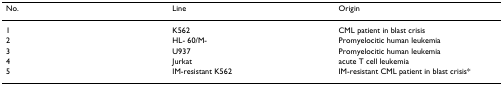
| No. | Line | Origin |
 | --- | --- | --- |
 | 1 | K562 | CML patient in blast crisis |
 | 2 | HL- 60/M- | Promyelocitic human leukemia |
 | 3 | U937 | Promyelocitic human leukemia |
 | 4 | Jurkat | acute T cell leukemia |
 | 5 | IM-resistant K562 | IM-resistant CML patient in blast crisis* |